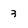
Character: 3